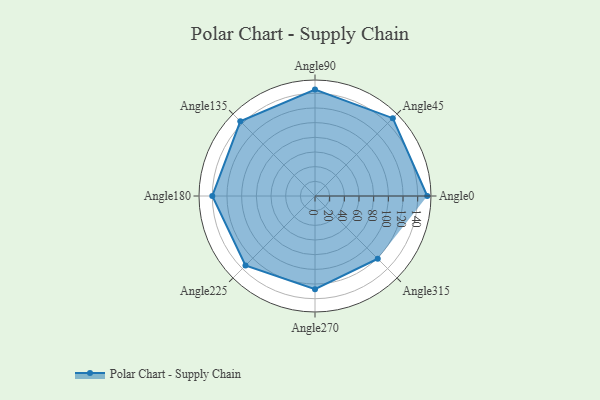
{"axis": {"x": "Angle", "y": "Radius"}, "legend": [""], "data": [{"x": "Angle0", "y": 153.0, "type": ""}, {"x": "Angle45", "y": 150.0, "type": ""}, {"x": "Angle90", "y": 145.0, "type": ""}, {"x": "Angle135", "y": 144.0, "type": ""}, {"x": "Angle180", "y": 140.0, "type": ""}, {"x": "Angle225", "y": 134.0, "type": ""}, {"x": "Angle270", "y": 127.0, "type": ""}, {"x": "Angle315", "y": 121.0, "type": ""}]}